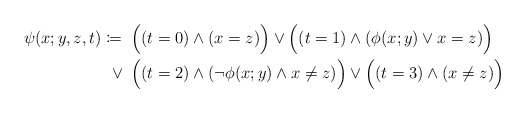
\begin{align*} \psi(x;y,z,t)\coloneqq\phantom{.}& \Bigl((t=0)\land (x=z)\Bigr) \lor\Bigl((t=1)\land (\phi(x; y)\lor x=z)\Bigr)\\ \phantom{.}\lor\phantom{.}& \Bigl((t=2)\land (\neg \phi(x;y)\land x\ne z)\Bigr) \lor \Bigl((t=3)\land (x\ne z)\Bigl) \end{align*}